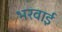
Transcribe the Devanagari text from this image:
भरवाई